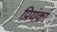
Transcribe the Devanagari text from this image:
प्रियंकां